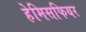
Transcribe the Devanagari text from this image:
हेमिसफियर